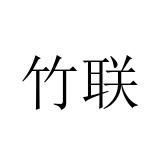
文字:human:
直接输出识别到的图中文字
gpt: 竹联